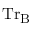
\mathrm { T r } _ { \mathrm { B } }